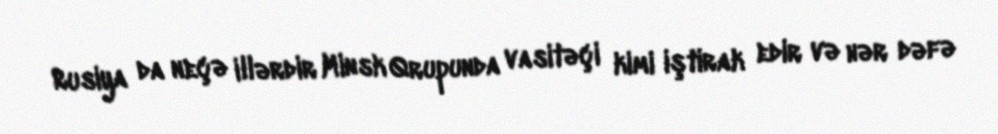
Rusiya da neçə illərdir Minsk Qrupunda vasitəçi kimi iştirak edir və hər dəfə